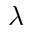
\lambda